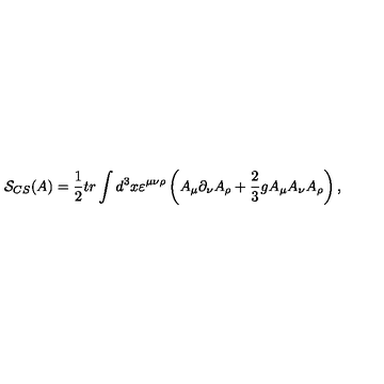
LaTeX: \mathcal { S } _ { C S } ( A ) = \frac 1 2 t r \int d ^ { 3 } x \varepsilon ^ { \mu \nu \rho } \left( A _ { \mu } \partial _ { \nu } A _ { \rho } + \frac 2 3 g A _ { \mu } A _ { \nu } A _ { \rho } \right) ,